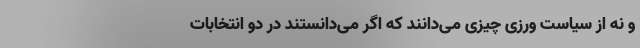
و نه از سیاست ورزی چیزی می‌دانند که اگر می‌دانستند در دو انتخابات